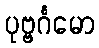
ပုဗ္ဗင်္ဂမော